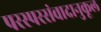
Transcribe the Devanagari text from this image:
परस्परसंवादानुकूल